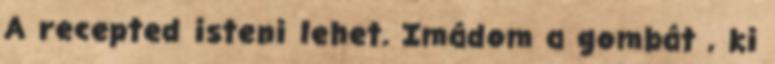
A recepted isteni lehet. Imádom a gombát , ki